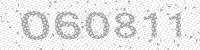
Solution: 060811